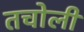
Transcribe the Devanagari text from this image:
तचोली